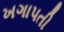
ખગાપતી